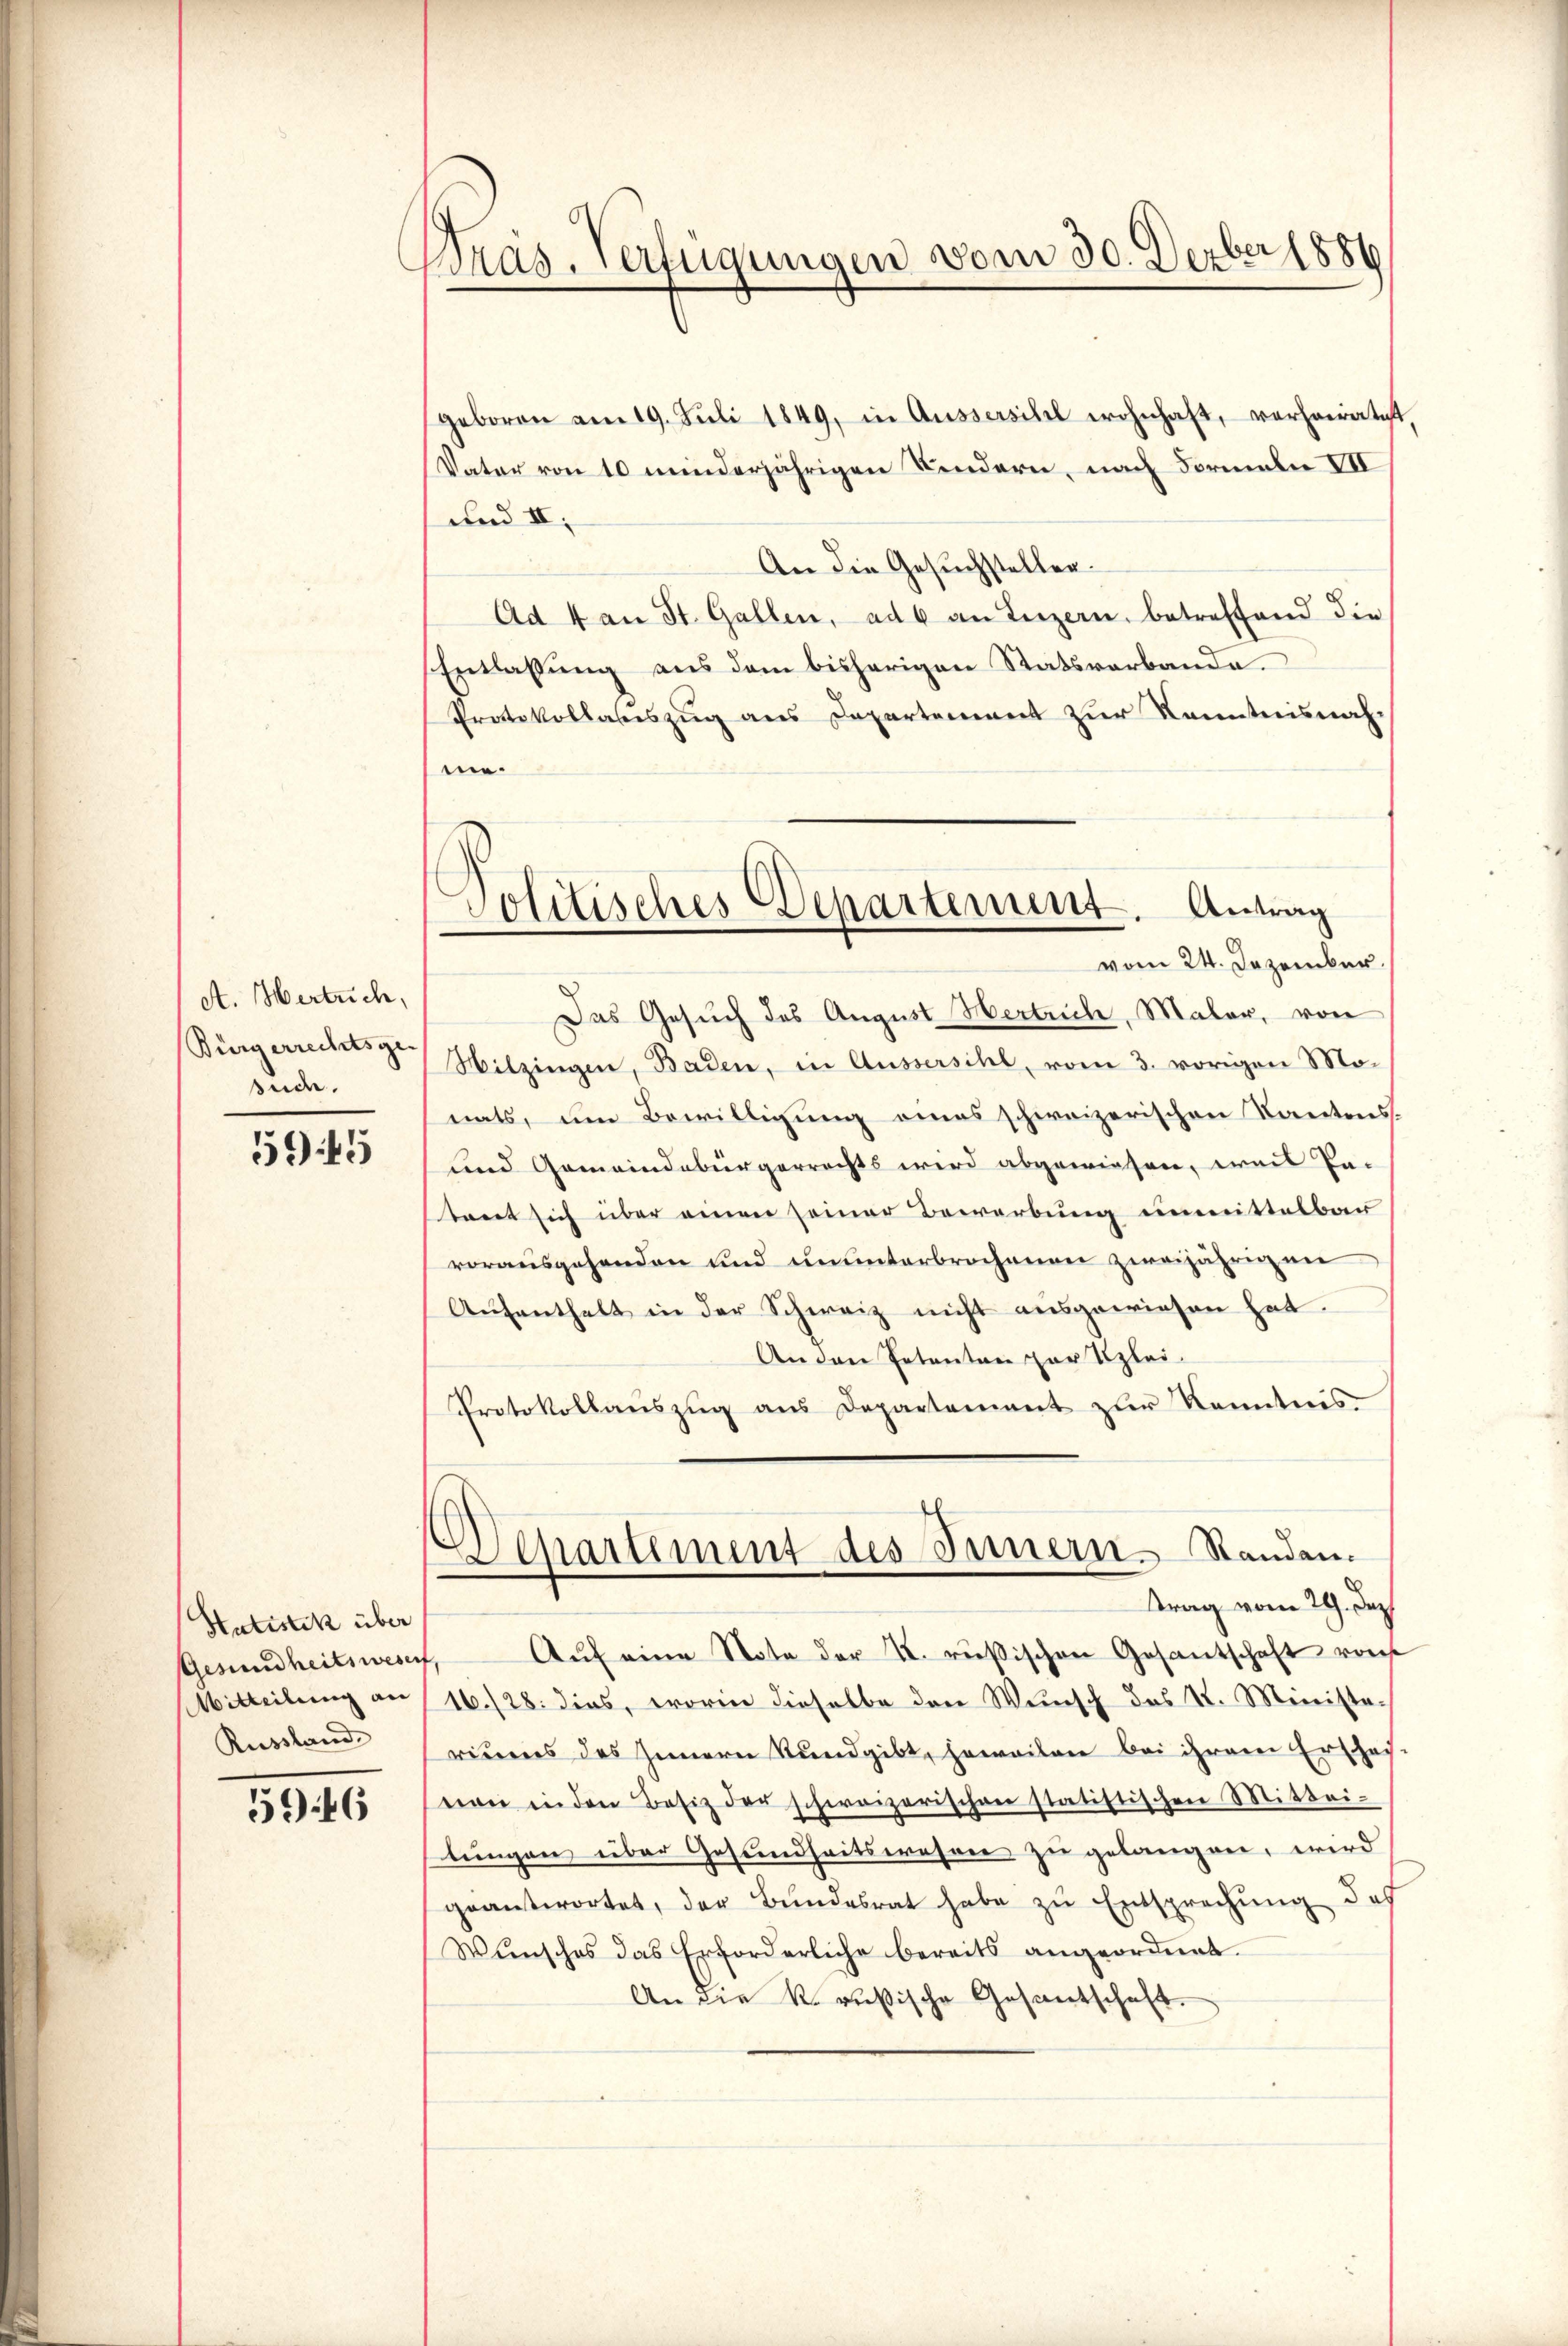
A. Hertrich,
Bürgerrechtsge-
sid.

5945

Hutistik über
Gesundheitswesen
Mitteilung an
Russland

5916

Dras. Verfügungen vom 30. Derber 1886

geboren am 19. Juli 1849, in Aussersihl wohnhaft, verheiratet,
Vater von 10 minderjährigen Kindern, nach Formeln VII
und II,
An die Gesuchsteller.
Ad 4 an St. Gallen, ad 6 an Luzern, betreffend die
Entlassung aus dem bisherigen Statsverbande.
Protokollateszug aus Departement zur Kenntnisnahen.
Das Gesuch des August Hertrich, Maler, von
Witzingen, Baden, in Aussersihl, vom 3. vorigen Monats, um Bewilligung eines schweizerischen Kantons-
und Gemeindebürgerrechts wird abgewiesen, weis Pa-
taet sich über einen seiner Bewerbung unmittelbar
vorausgehanden und ununterbrochenen zweijährigen
Aŭfenthalt in der Schweiz nicht aŭsgewiesen hat.
An den Petenten zur Klei¬
Protokollanszŭg ans Departement zŭr Kenntnis
Departement des Innern. Standen.
ttrag vom 29. Dez
4. Aŭf eine Note der K. rußischen Gesantschaft von
16./28. dies, worin dieselbe den Wunsch das St. Minista-
ribens des Innern Rundgibt, jeweilen bei ihrem Erschaf-
nen in den Besiz der schweizerischen statistischen Mittei-
lungen über Gesundheitswesen zu gelangen, wird
geantwortet, der Bŭndesrat habe zŭ Entsprechŭng des
Wunsches das Erforderliche bereits angeordnet.
An die k. rußische Gesantschaft.

Politisches Departement. Antrag
vom 24. Dezember.